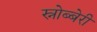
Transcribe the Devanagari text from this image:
स्नोब्बेरी